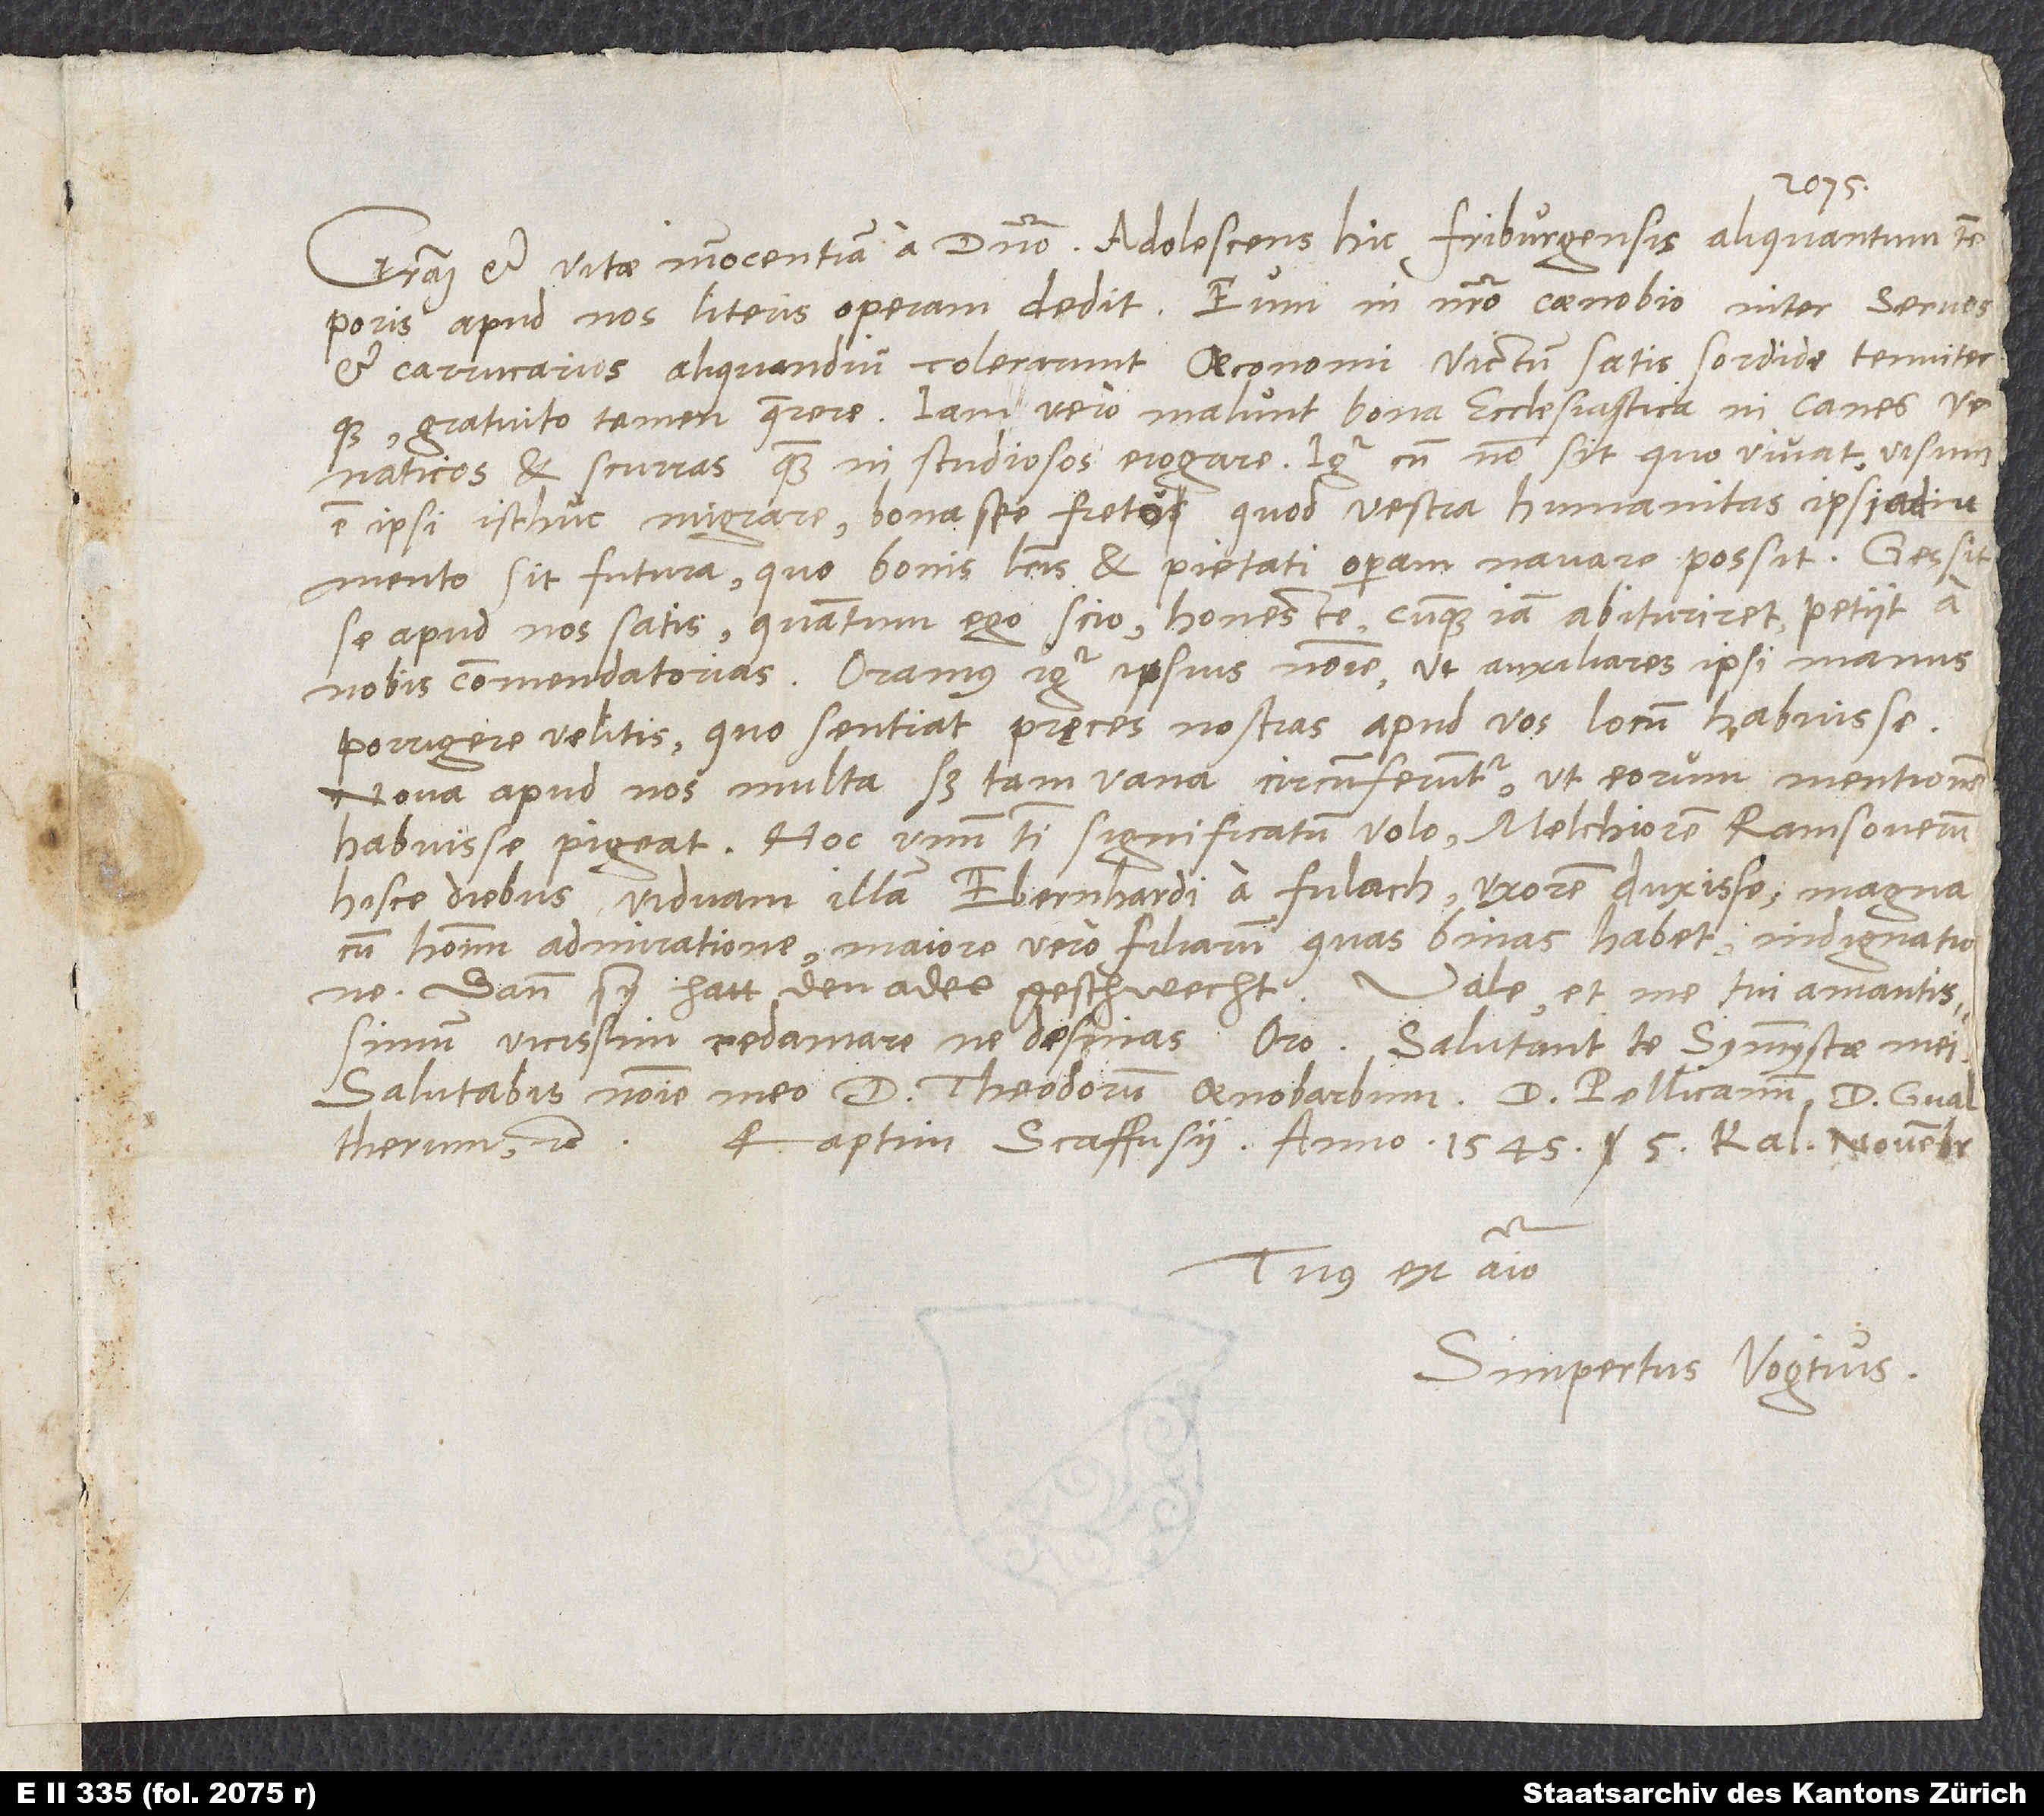
Gratiam et vitae innocentiam a domino. Adolescens hic Friburgensis aliquantum temporis
apud nos literis operam dedit. Eum in nostro coenobio inter servos
et carrucarios aliquandiu tolerarunt oeconomi victum satis sordide tenuiterque,
gratuito tamen quaerere. Iam vero malunt bona ecclesiastica in canes
venaticos et scurras quam in studiosos erogare. Igitur cum non sit, quo vivat, visum
est ipsi isthuc migrare bona spe freto, quod vestra humanitas ipsi adiumento
sit futura, quo bonis literis et pietati operam navare possit. Gessit
se apud nos satis, quantum ego scio, honeste. Cumque iam abituriret, petiit a
nobis commendatorias. Oramus igitur ipsius nomine, ut auxiliares ipsi manus
porrigere velitis, quo sentiat pręces nostras apud vos locum habuisse.
Nova apud nos multa, sed tam vana circumferuntur, ut eorum mentionem
habuisse pigeat. Hoc unum tibi significatum volo: Melchiorem Ramosoverum
hisce diebus viduam illam Ebernhardi a Fulach uxorem duxisse magna
cum hominum admiratione, maiore vero filiarum, quas binas habet, indignatione;
dann sy hatt den adel geschwecht. Vale et me tui amantissimum
vicissim redamare ne desinas, oro. Salutant te symmystae mei.
Salutabis nomine meo d. Theodorum Oenobarbum, d. Pellicanum, d. Gvaltherum,
Raptim, Scaffusii anno 1545, 5. kalendas novembris.
Tuus ex animo
Simpertus Vogtius.